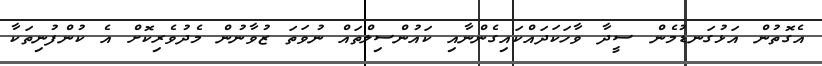
އެގޮތުން އަޅުގަނޑުމެން ސީދާ ވާހަކަދައްކައިގެންނާއި ކައުންސިލްތައް ނުވަތަ ޒުވާނުން މެދުވެރިކޮށް އެ ކުންފުނިތަކާ